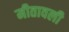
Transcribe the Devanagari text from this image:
मीतावली